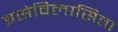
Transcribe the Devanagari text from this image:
इसेविलासिता